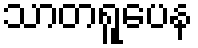
သာတရူပေန